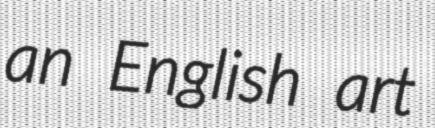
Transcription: an English art